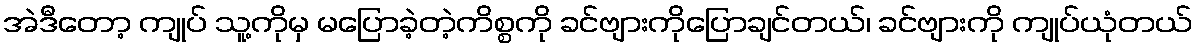
အဲဒီတော့ ကျုပ် သူ့ကိုမှ မပြောခဲ့တဲ့ကိစ္စကို ခင်ဗျားကိုပြောချင်တယ်၊ ခင်ဗျားကို ကျုပ်ယုံတယ်